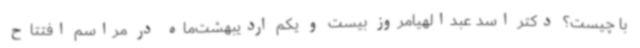
با چیست؟ دکتر اسد عبدالهیامروز بیست و یکم اردیبهشت‌ماه در مراسم افتتاح